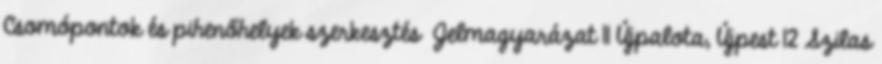
Csomópontok és pihenőhelyek szerkesztés Jelmagyarázat 11 Újpalota, Újpest 12 Szilas